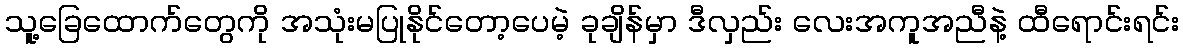
သူ့ခြေထောက်တွေကို အသုံးမပြုနိုင်တော့ပေမဲ့ ခုချိန်မှာ ဒီလှည်း လေးအကူအညီနဲ့ ထီရောင်းရင်း